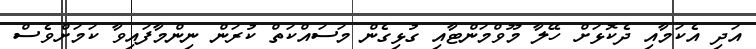
އަދި އެކަމާއި ދެކޮޅަށް ހޭލާ މޫވްމަންޓާއި ގުޅިގެން މަސައްކަތް ކުރަން ނިންމާފައިވާ ކަމަށްވެސް